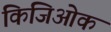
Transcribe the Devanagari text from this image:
किजिओक